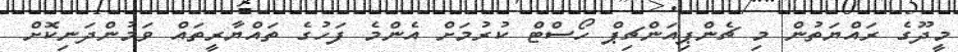
މީދޫގެ ރައްޔަތުން މި ޗެންޕިއަންޗިޕް ހޯސްޓް ކުރުމަށް އެންމެ ފަހުގެ ތައްޔާރީތައް ވަމުންދަނިކޮށް